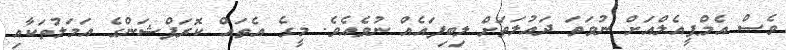
ވެސް އެމްޕީއެލްއަށް ނުވަތަ ދައުލަތަށް ލިބިފައެއް ނުވެއެވެ. މީގެ އެތައް ކޮރަޕްޝަންގެ އަމަލުތަކާއި